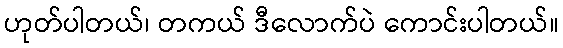
ဟုတ်ပါတယ်၊ တကယ် ဒီလောက်ပဲ ကောင်းပါတယ်။